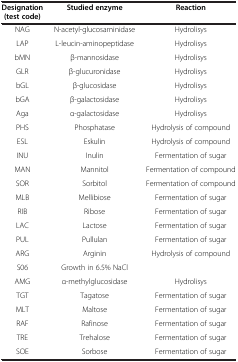
<table><thead><tr><td><b>Designation (test code)</b></td><td><b>Studied enzyme</b></td><td><b>Reaction</b></td></tr></thead><tbody><tr><td>NAG</td><td>N-acetyl-glucosaminidase</td><td>Hydrolisys</td></tr><tr><td>LAP</td><td>L-leucin-aminopeptidase</td><td>Hydrolisys</td></tr><tr><td>bMN</td><td>β-mannosidase</td><td>Hydrolisys</td></tr><tr><td>GLR</td><td>β-glucuronidase</td><td>Hydrolisys</td></tr><tr><td>bGL</td><td>β-glucosidase</td><td>Hydrolisys</td></tr><tr><td>bGA</td><td>β-galactosidase</td><td>Hydrolisys</td></tr><tr><td>Aga</td><td>α-galactosidase</td><td>Hydrolisys</td></tr><tr><td>PHS</td><td>Phosphatase</td><td>Hydrolysis of compound</td></tr><tr><td>ESL</td><td>Eskulin</td><td>Hydrolysis of compound</td></tr><tr><td>INU</td><td>Inulin</td><td>Fermentation of sugar</td></tr><tr><td>MAN</td><td>Mannitol</td><td>Fermentation of compound</td></tr><tr><td>SOR</td><td>Sorbitol</td><td>Fermentation of compound</td></tr><tr><td>MLB</td><td>Mellibiose</td><td>Fermentation of sugar</td></tr><tr><td>RIB</td><td>Ribose</td><td>Fermentation of sugar</td></tr><tr><td>LAC</td><td>Lactose</td><td>Fermentation of sugar</td></tr><tr><td>PUL</td><td>Pullulan</td><td>Fermentation of sugar</td></tr><tr><td>ARG</td><td>Arginin</td><td>Hydrolysis of compound</td></tr><tr><td>S06</td><td>Growth in 6.5% NaCl</td><td> </td></tr><tr><td>AMG</td><td>α-methylglucosidase</td><td>Hydrolisys</td></tr><tr><td>TGT</td><td>Tagatose</td><td>Fermentation of sugar</td></tr><tr><td>MLT</td><td>Maltose</td><td>Fermentation of sugar</td></tr><tr><td>RAF</td><td>Rafinose</td><td>Fermentation of sugar</td></tr><tr><td>TRE</td><td>Trehalose</td><td>Fermentation of sugar</td></tr><tr><td>SOE</td><td>Sorbose</td><td>Fermentation of sugar</td></tr></tbody></table>